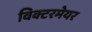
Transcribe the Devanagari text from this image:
विक्टरमेयर